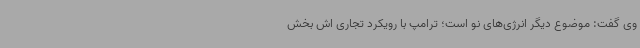
وی گفت: موضوع دیگر انرژی‌های نو است؛ ترامپ با رویکرد تجاری اش بخش